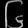
Digit: ၆